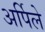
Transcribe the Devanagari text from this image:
अर्पिले